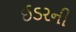
ઈડરની